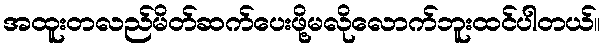
အထူးတလည်မိတ်ဆက်ပေးဖို့မလိုလောက်ဘူးထင်ပါတယ်။